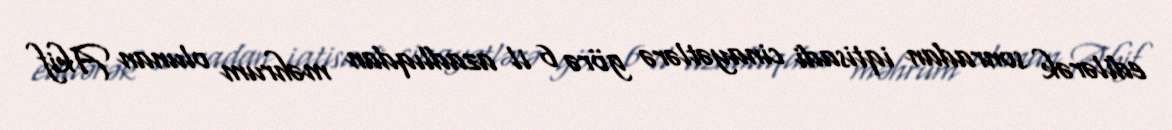
edilərək sonradan iqtisadi cinayətlərə görə 6 il azadlıqdan məhrum olunan Akif